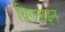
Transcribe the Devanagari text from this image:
थिएनाइन